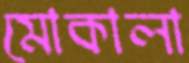
মোকালা